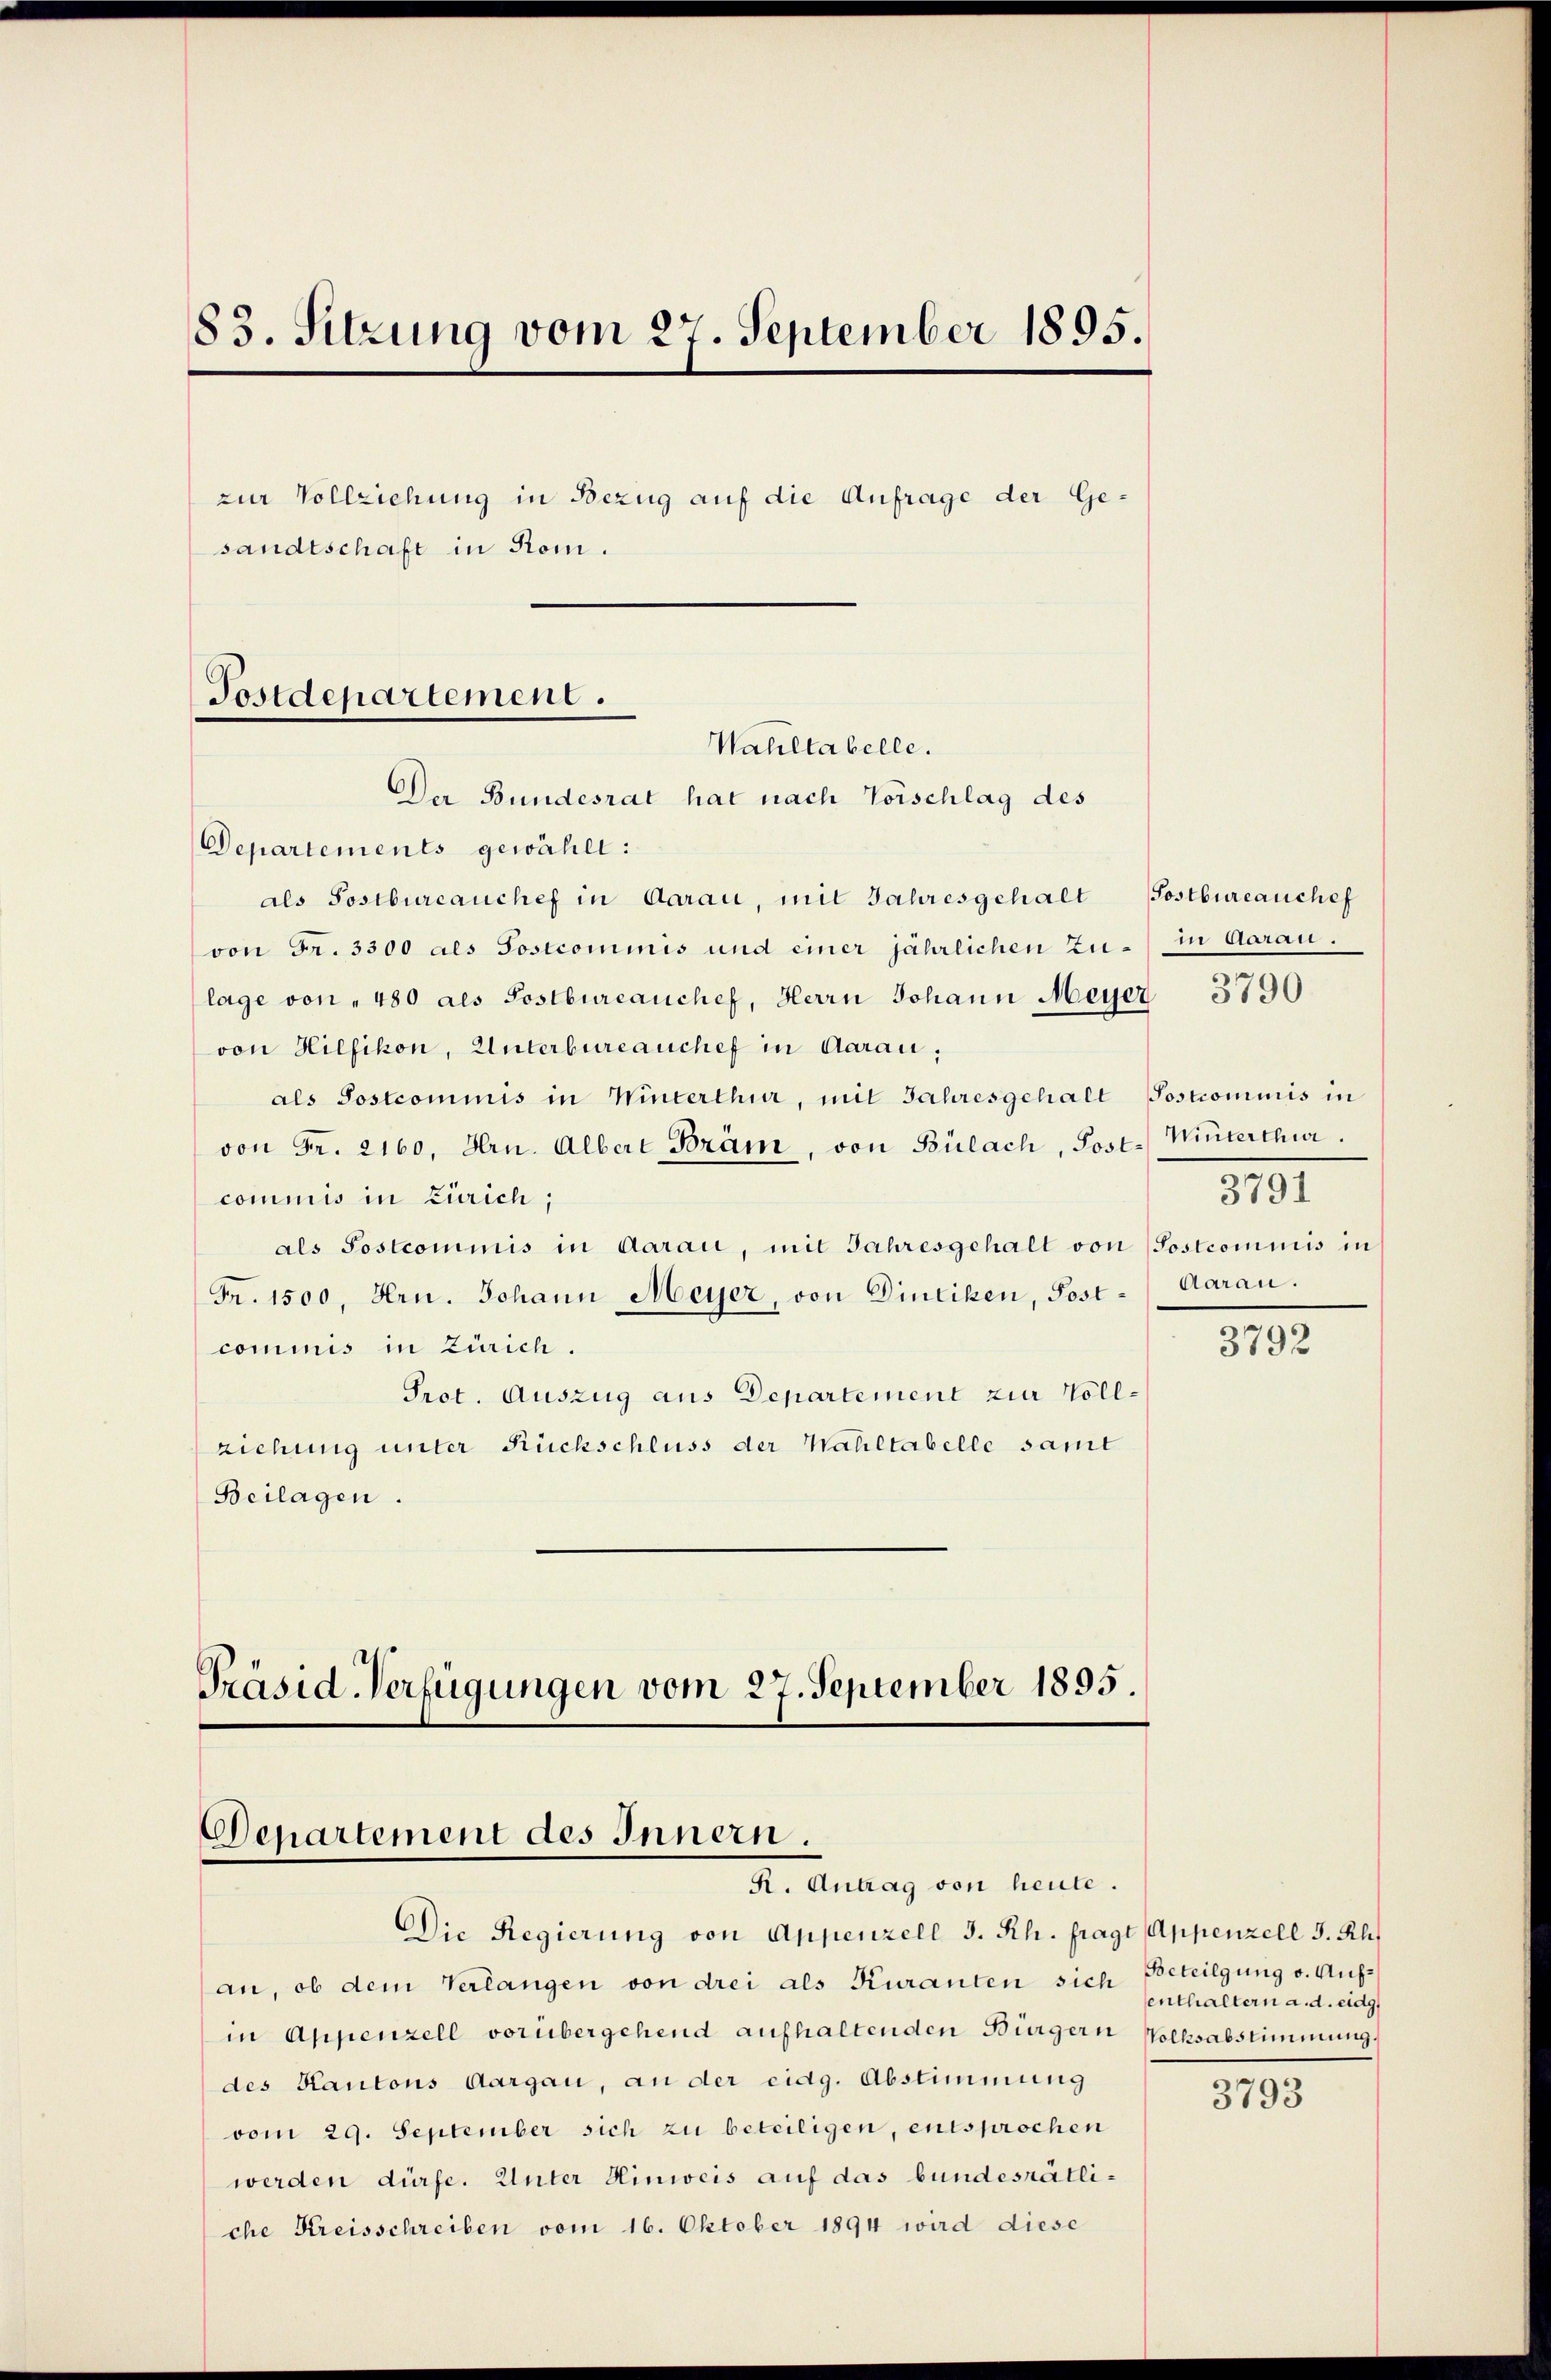
83. Sitzung vom 27. September 1895.
zur Vollziehung in Bezug auf die Anfrage der Gesandtschaft in Rom.
Postdepartement.
Wahltabelle.

Departements gewählt:
als Postbureauchef in Aarau, mit Jahresgehalt Postbureauchef
von Fr. 3300 als Postcommnis und einer jährlichen Zu- in Aarau.
lage von " 480 als Postbureauchef, Herrn Johann Meyer 3790.
von Hilfikon, Unterbureauchef in Aarau,
als Postcommis in Winterthur, mit Jahresgehalt Postcommis in
von Fr. 2160. Hrn. Albere Bräm, von Bülach, Post. Winterthur.
commis in Zürich;
als Postcommis in Aarau, mit Jahresgehalt von Postcommis in
Fr. 1500, Hrn. Johann Meyer, von Dintiken, Post-Aarau.
cominis in Zürich.
Prot. Auszug aus Departement zur Vollziehung unter Rückschluss der Wahltabelle samt
Beilagen.

Der Bundesrat hat nach Vorschlag des

Präsid. Verfügungen vom 27. September 1895
Departement des Innern.
R. Antrag von heute.

Die Regierung von Appenzell I. Rh. fragt Appenzell S. Rh
an, ob dem Verlangen von drei als Kuranten sich Beteilgung v. Aufin Appenzell vorübergehend aufhaltenden Bürgern Volksabstimmung.
des Kantons Aargau, an der eidg. Abstimmung
vom 29. September sich zu beteiligen, entsprochen
werden dürfe. Unter Hinweis auf das bundesrätliche Kreisschreiben vom 16. Oktober 1894 wird diese

3791

3792

enthaltern a. d. eidg.

3793